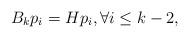
LaTeX: \begin{align*}B_kp_{i}=Hp_{i}, \forall i \leq k-2,\end{align*}